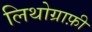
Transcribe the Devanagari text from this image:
लिथोग्राफ़ी